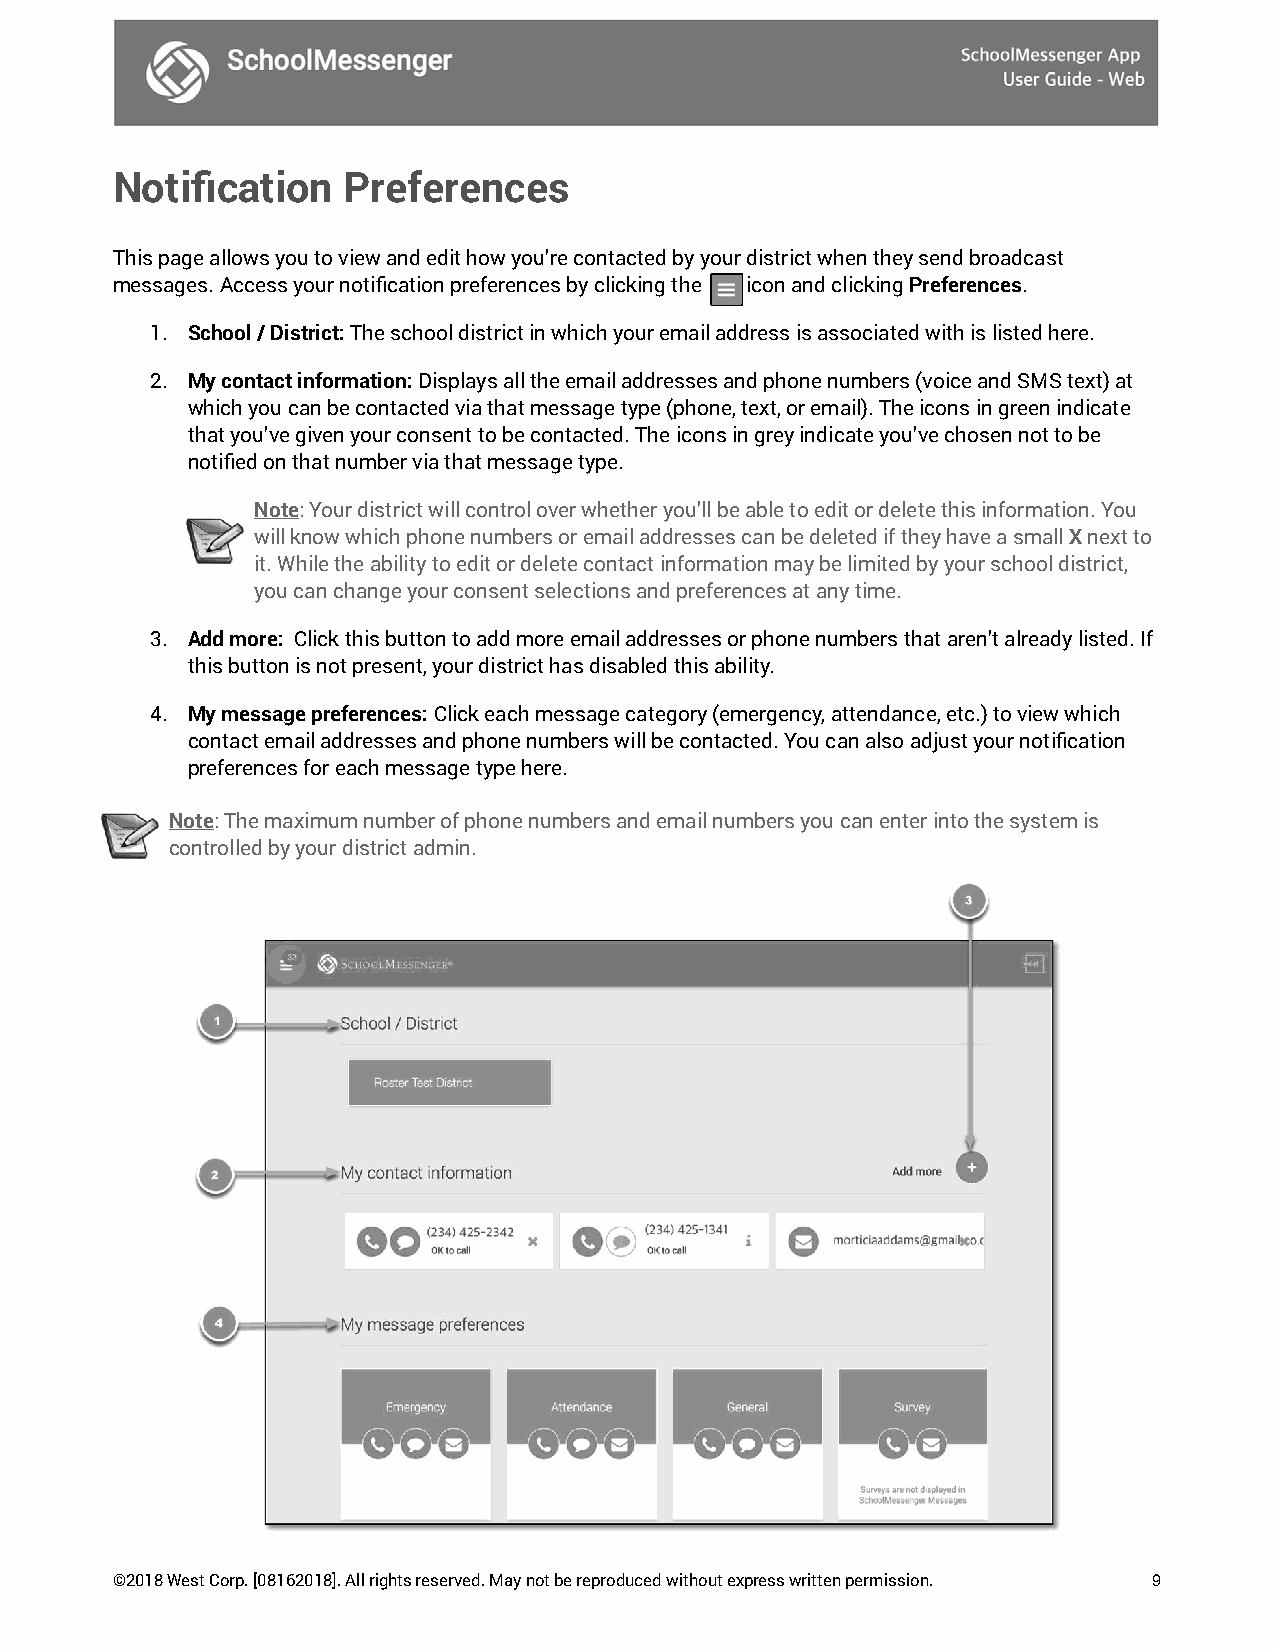
Notification    Preferences
 This page allows you to view and edit how you’re contacted by your district when they send broadcast
 messages. Access your notification preferences by clicking the icon and clicking Preferences.
 1. School / District: The school district in which your email address is associated with is listed here.
 2. My contact information: Displays all the email addresses and phone numbers (voice and SMS text) at
 which you can be contacted via that message type (phone, text, or email). The icons in green indicate
 that you’ve given your consent to be contacted. The icons in grey indicate you’ve chosen not to be
 notified on that number via that message type.
 Note: Your district will control over whether you’ll be able to edit or delete this information. You
 will know which phone numbers or email addresses can be deleted if they have a small X next to
 it. While the ability to edit or delete contact information may be limited by your school district,
 you can change your consent selections and preferences at any time.
 3. Add more: Click this button to add more email addresses or phone numbers that aren’t already listed. If
 this button is not present, your district has disabled this ability.
 4. My message preferences: Click each message category (emergency, attendance, etc.) to view which
 contact email addresses and phone numbers will be contacted. You can also adjust your notification
 preferences for each message type here.
 Note: The maximum number of phone numbers and email numbers you can enter into the system is
 controlled by your district admin.
 ©2018 West Corp. [08162018]. All rights reserved. May not be reproduced without express written permission. 9